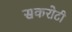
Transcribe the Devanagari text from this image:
सकरोटी